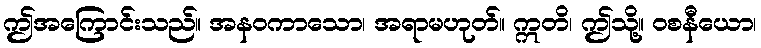
ဤအကြောင်းသည်။ အနဝကာသော၊ အရာမဟုတ်။ ဣတိ၊ ဤသို့။ ဝစနီယော၊